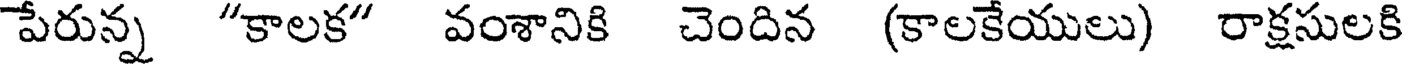
పేరున్న "కాలక" వంశానికి చెందిన (కాలకేయులు) రాక్షసులకి